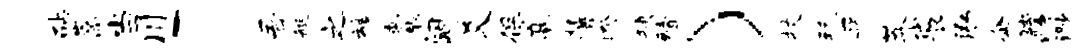
砧嵩当川「吾艇之魂囊阔爻保高麓睽狭殪）杖玩平莽袋泓企瞠以渺